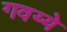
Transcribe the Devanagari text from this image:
गवय्ये